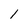
Character: 1